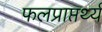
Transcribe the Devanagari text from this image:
फलप्राप्तर्थ्य